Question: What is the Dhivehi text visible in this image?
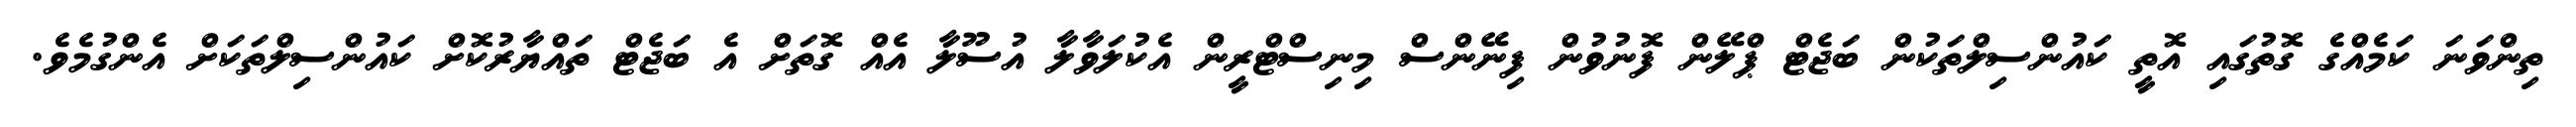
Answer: ތިންވަނަ ކަމެއްގެ ގޮތުގައި އޮތީ ކައުންސިލްތަކުން ބަޖެޓް ޕްލޭން ފޮނުވުން ފިނޭންސް މިނިސްޓްރީން އެކުލަވާލާ އުސޫލާ އެއް ގޮތަށް އެ ބަޖެޓް ތައްޔާރުކޮށް ކައުންސިލްތަކަށް އެންގުމެވެ.